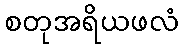
စတုအရိယဖလံ